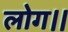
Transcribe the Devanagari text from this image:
लोग।।